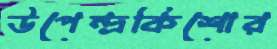
উপেন্দ্রকিশোর